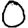
Digit: 0